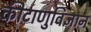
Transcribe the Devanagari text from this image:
कीटाणुविज्ञान